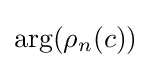
\arg(\rho _{n}(c))